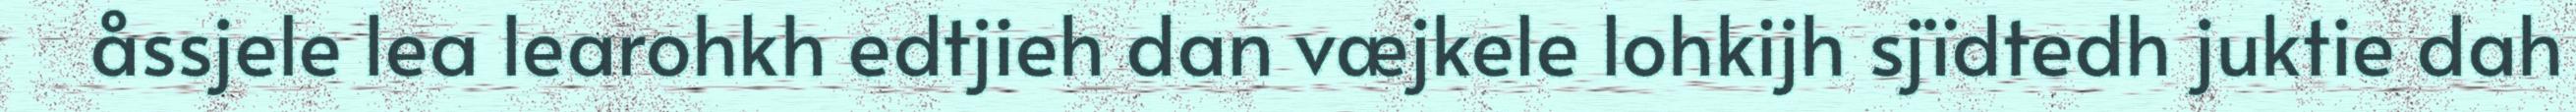
åssjele lea learohkh edtjieh dan væjkele lohkijh sjïdtedh juktie dah